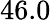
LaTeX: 46.0